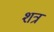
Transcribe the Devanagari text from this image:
शत्र